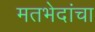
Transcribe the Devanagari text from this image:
मतभेदांचा